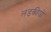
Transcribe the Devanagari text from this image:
लड़कीयो